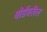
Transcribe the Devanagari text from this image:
बोर्डवरील